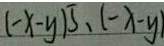
( - x - y ) 5 、 ( - x - y )